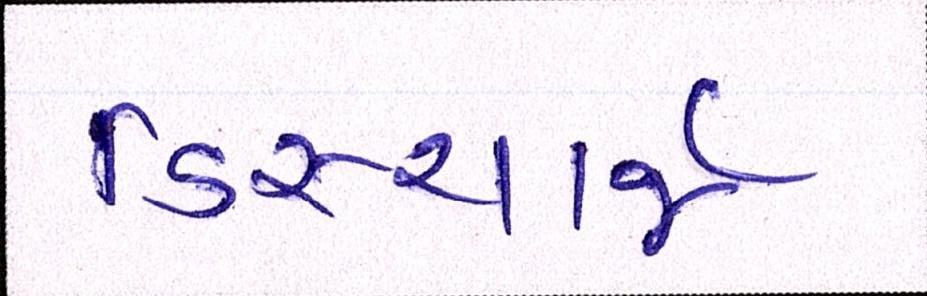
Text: ડિસ્ચાર્જ